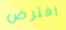
افترض